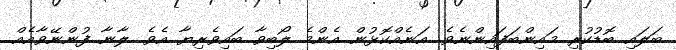
ބަލައި ބޮޑުކުރި މައިންބަފައިންނެވެ. އަނެއްކޮޅުން އެންމެ ލޯބިވާ ބައިވެރިޔާ އެވެ. ލާނާ ފުންނޭވާއެއް